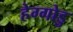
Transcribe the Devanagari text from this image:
हेग्गोडु